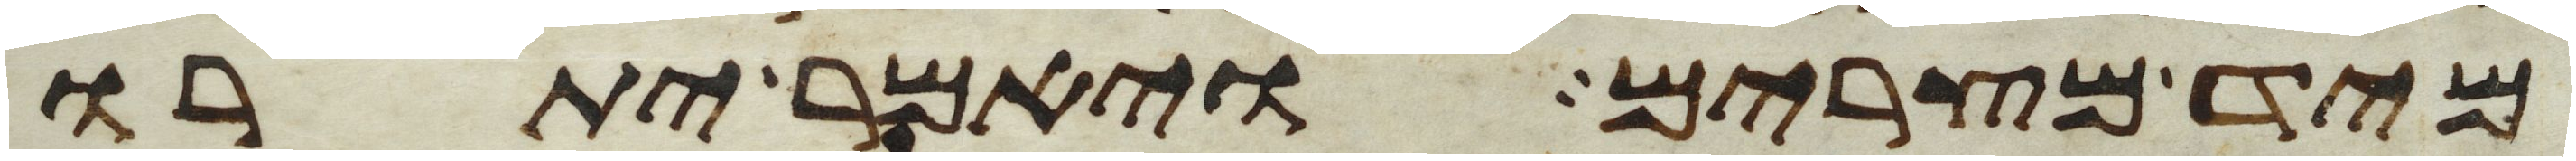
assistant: מיד מצרים ויאמר יתרו